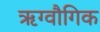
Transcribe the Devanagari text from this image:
ऋग्वौगिक